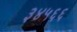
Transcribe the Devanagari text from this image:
३४५६६